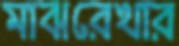
মাঝরেখার